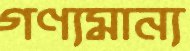
গণ্যমান্য